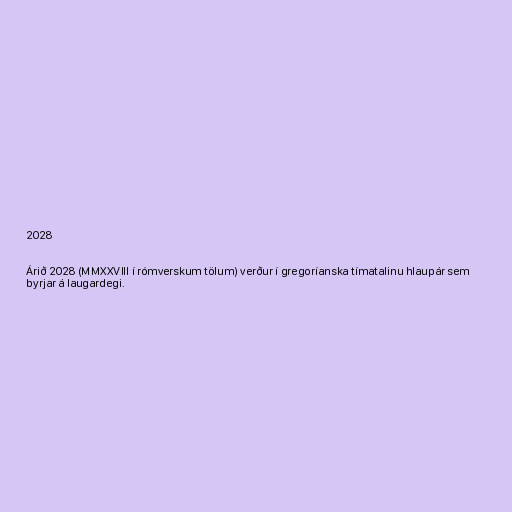
2028

Árið 2028 (MMXXVIII í rómverskum tölum) verður í gregoríanska tímatalinu hlaupár sem
byrjar á laugardegi.